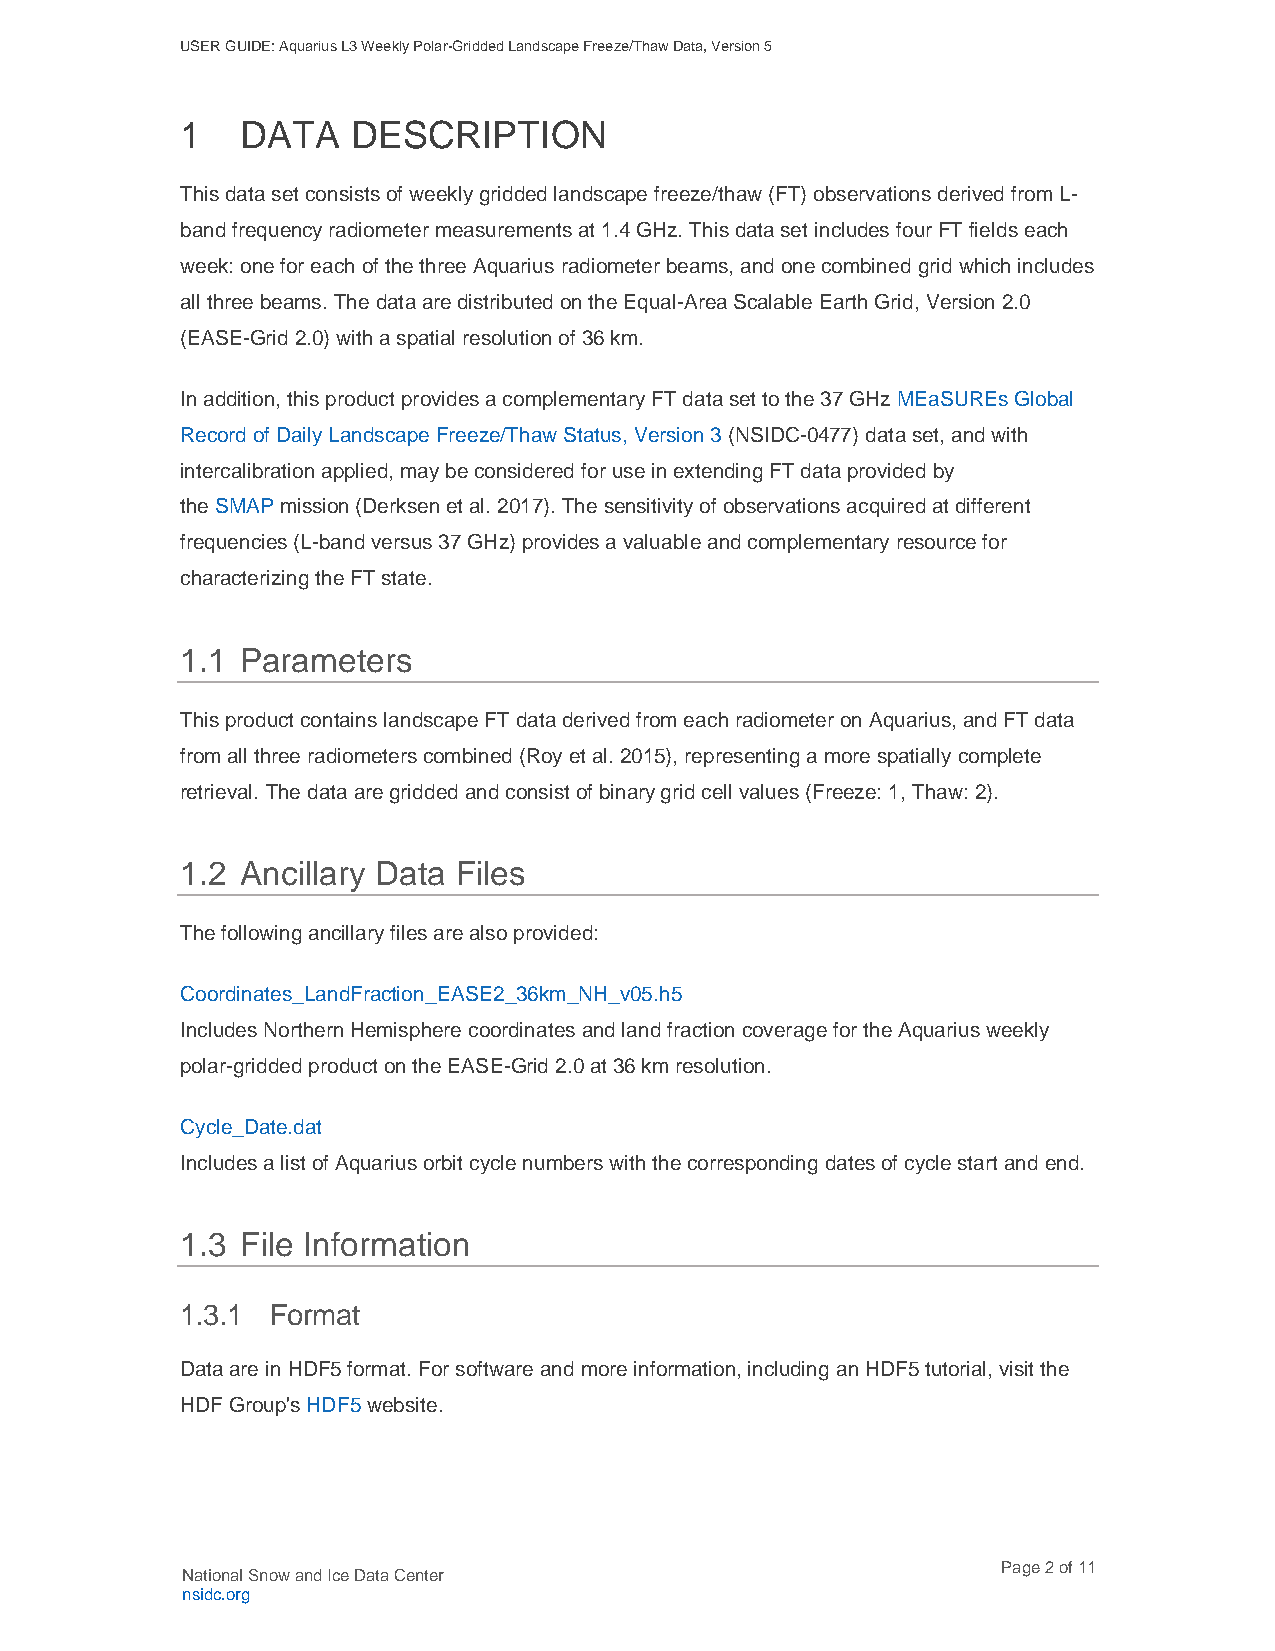
USER GUIDE: Aquarius L3 Weekly Polar-Gridded Landscape Freeze/Thaw Data, Version 5
 1   DATA   DESCRIPTION
 This data set consists of weekly gridded landscape freeze/thaw (FT) observations derived from L-
 band frequency radiometer measurements at 1.4 GHz. This data set includes four FT fields each
 week: one for each of the three Aquarius radiometer beams, and one combined grid which includes
 all three beams. The data are distributed on the Equal-Area Scalable Earth Grid, Version 2.0
 (EASE-Grid 2.0) with a spatial resolution of 36 km.
 In addition, this product provides a complementary FT data set to the 37 GHz MEaSUREs Global
 Record of Daily Landscape Freeze/Thaw Status, Version 3 (NSIDC-0477) data set, and with
 intercalibration applied, may be considered for use in extending FT data provided by
 the SMAP mission (Derksen et al. 2017). The sensitivity of observations acquired at different
 frequencies (L-band versus 37 GHz) provides a valuable and complementary resource for
 characterizing the FT state.
 1.1 Parameters
 This product contains landscape FT data derived from each radiometer on Aquarius, and FT data
 from all three radiometers combined (Roy et al. 2015), representing a more spatially complete
 retrieval. The data are gridded and consist of binary grid cell values (Freeze: 1, Thaw: 2).
 1.2 Ancillary Data Files
 The following ancillary files are also provided:
 Coordinates_LandFraction_EASE2_36km_NH_v05.h5
 Includes Northern Hemisphere coordinates and land fraction coverage for the Aquarius weekly
 polar-gridded product on the EASE-Grid 2.0 at 36 km resolution.
 Cycle_Date.dat
 Includes a list of Aquarius orbit cycle numbers with the corresponding dates of cycle start and end.
 1.3 File Information
 1.3.1 Format
 Data are in HDF5 format. For software and more information, including an HDF5 tutorial, visit the
 HDF Group's HDF5 website.
 Page 2 of 11
 National Snow and Ice Data Center
 nsidc.org